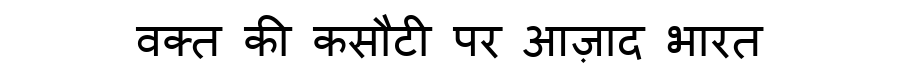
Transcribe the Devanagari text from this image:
वक्त की कसौटी पर आज़ाद भारत